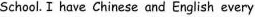
school. I have Chinese and English every